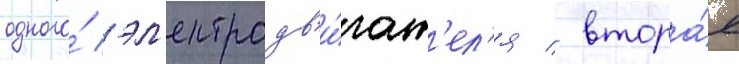
одного́ эл'ектродв'и́гат'ел'я / втора́я